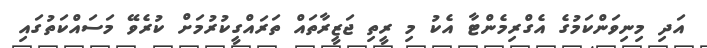
އަދި މިނިވަންކަމުގެ އެގްރިމެންޓާ އެކު މި ރީތި ޖަޒީރާތައް ތަރައްގީކުރުމަށް ކުރެވޭ މަސައްކަތުގައި